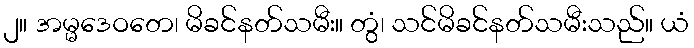
၂။ အမ္မဒေဝတေ၊ မိခင်နတ်သမီး။ တွံ၊ သင်မိခင်နတ်သမီးသည်။ ယံ